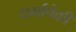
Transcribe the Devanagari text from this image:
धर्मापैकी